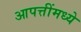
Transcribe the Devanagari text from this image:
आपत्तींमध्ये